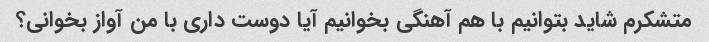
متشکرم شاید بتوانیم با هم آهنگی بخوانیم آیا دوست داری با من آواز بخوانی؟